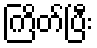
ကြိတ်ပြီး